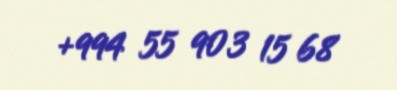
+994 55 903 15 68